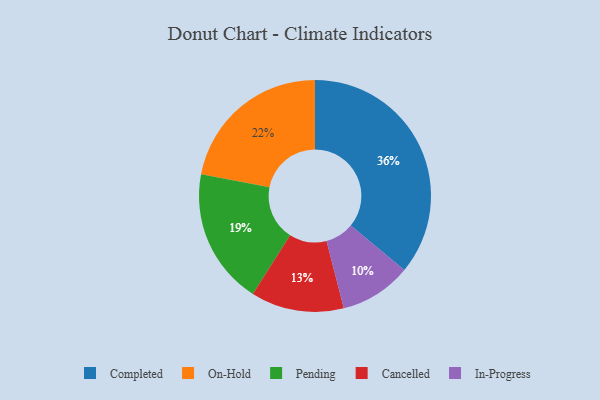
{"axis": {"x": "Category", "y": "Percentage"}, "legend": ["Cancelled", "Completed", "In-Progress", "On-Hold", "Pending"], "data": [{"x": "Pending", "y": 19, "type": "Pending"}, {"x": "On-Hold", "y": 22, "type": "On-Hold"}, {"x": "Completed", "y": 36, "type": "Completed"}, {"x": "In-Progress", "y": 10, "type": "In-Progress"}, {"x": "Cancelled", "y": 13, "type": "Cancelled"}]}